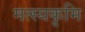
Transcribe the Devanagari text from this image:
मत्स्यकृमि